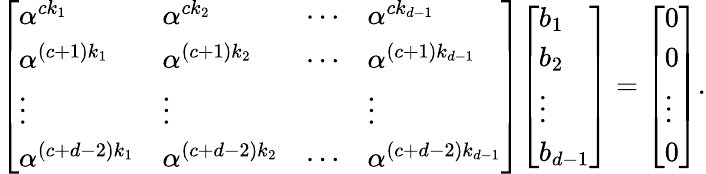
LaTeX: {\left[\begin{array}{llll}{\alpha^{ck_{1}}}&{\alpha^{ck_{2}}}&{\cdots}&{\alpha^{ck_{d-1}}}\\ {\alpha^{(c+1)k_{1}}}&{\alpha^{(c+1)k_{2}}}&{\cdots}&{\alpha^{(c+1)k_{d-1}}}\\ {\vdots}&{\vdots}&&{\vdots}\\ {\alpha^{(c+d-2)k_{1}}}&{\alpha^{(c+d-2)k_{2}}}&{\cdots}&{\alpha^{(c+d-2)k_{d-1}}}\end{array}\right]}{\left[\begin{array}{l}{b_{1}}\\ {b_{2}}\\ {\vdots}\\ {b_{d-1}}\end{array}\right]}={\left[\begin{array}{l}{0}\\ {0}\\ {\vdots}\\ {0}\end{array}\right]}.